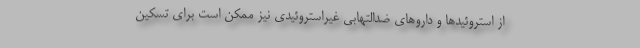
از استروئیدها و داروهای ضدالتهابی غیراستروئیدی نیز ممکن است برای تسکین